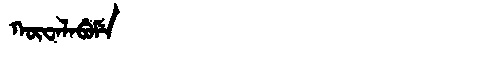
Manchu: ᡴᡡᠸᠠᠯᠠᠪᡠᠮᡝ
Romanization: KŪWALABUME